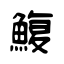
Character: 鰒